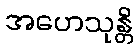
အဟေသုန္တိ